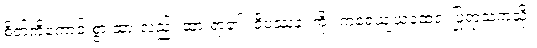
စိတ်ကိုကောင်းစွာ ထားလည်း ထားရာ၏။ ဝိပဿနံ၊ ကို။ ကရေယျယထေဝ၊ ပြုရာသကဲ့သို့။